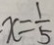
x = \frac { 1 } { 5 }